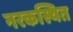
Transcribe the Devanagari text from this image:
नरकस्थित